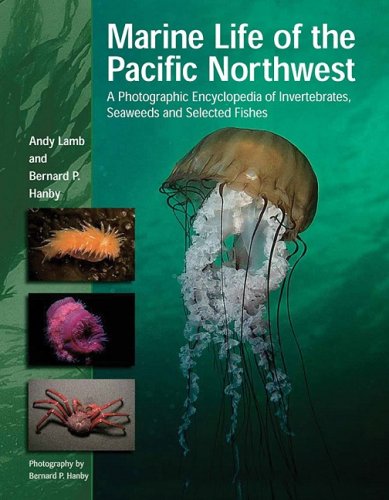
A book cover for Marine Life of the Pacific Northwest: A Photographic Encyclopedia of Invertebrates, Seaweeds And Selected Fishes; Andy Lamb; Reference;